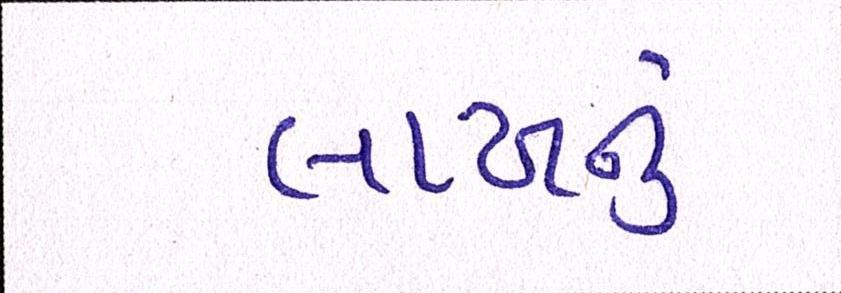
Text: લાખનું